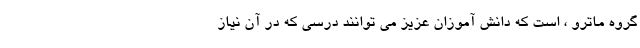
گروه ماترو ، است که دانش آموزان عزیز می توانند درسی که در آن نیاز